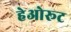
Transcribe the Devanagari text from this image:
हेओरूट